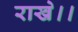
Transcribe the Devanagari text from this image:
राखे।।